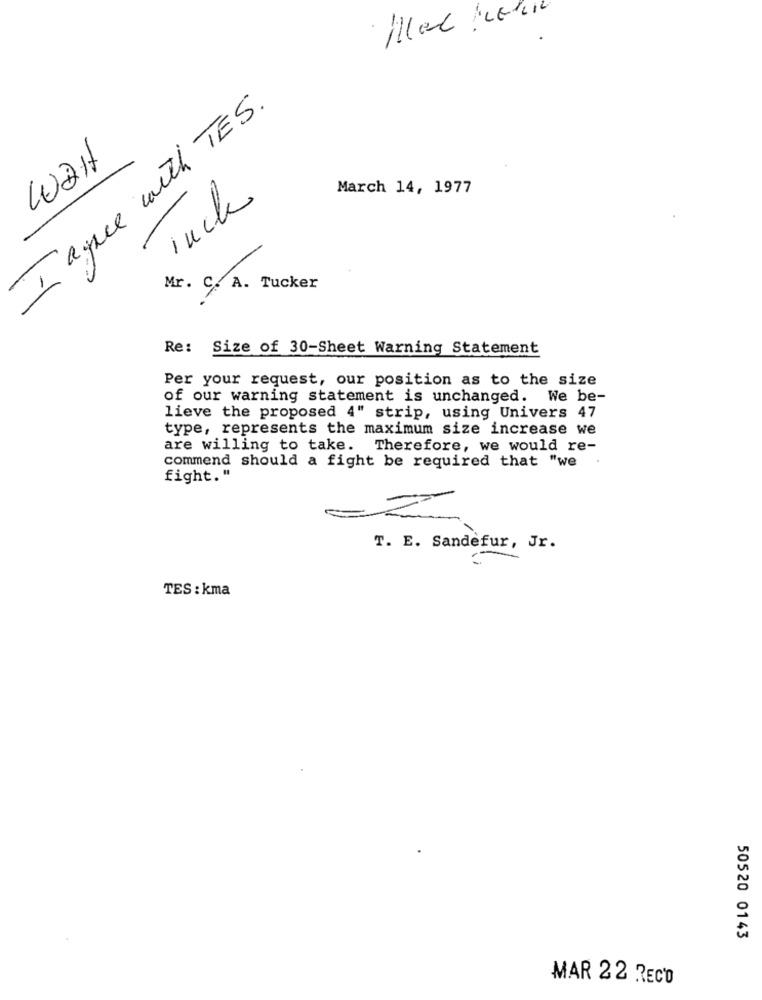
Iagree with TES.
Wait
March 14, 1977
Tuck
Mr. C. A. Tucker
Re: Size of 30-Sheet Warning Statement
Per your request, our position as to the size
of our warning statement is unchanged. We be-
lieve the proposed 4" strip, using Univers 47
type, represents the maximum size increase we
are willing to take. Therefore, we would re-
commend should a fight be required that "we
fight."
T. E. Sandefur, Jr.
TES : kma
50520 0143
MAR 22 RECO